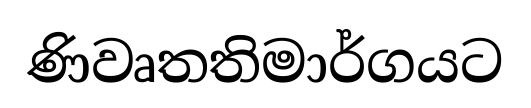
ණිවෘතතිමාර්ගයට